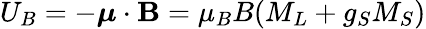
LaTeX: U_{B}=-{\boldsymbol{\mu}}\cdot\mathbf{B}=\mu_{B}B(M_{L}+g_{S}M_{S})